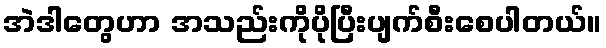
အဲဒါတွေဟာ အသည်းကိုပိုပြီးပျက်စီးစေပါတယ်။